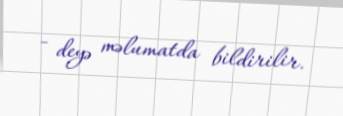
- deyə məlumatda bildirilir.